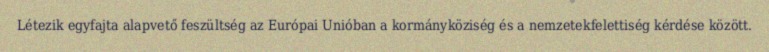
Létezik egyfajta alapvető feszültség az Európai Unióban a kormányköziség és a nemzetekfelettiség kérdése között.